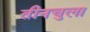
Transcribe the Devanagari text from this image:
तीनचुला